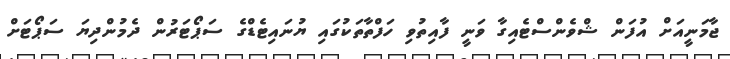
ޖާމަނީއަށް އުފަން ޝްވެންސްޓެއިގާ ވަނީ ފާއިތުވި ހަފްތާތަކުގައި ޔުނައިޓެޑްގެ ސަޕޯޓަރުން ދެމުންދިޔަ ސަޕޯޓަށް